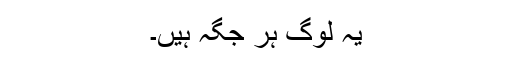
یہ لوگ ہر جگہ ہیں۔